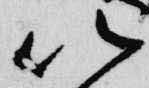
以